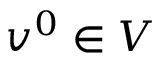
v ^ { 0 } \in V